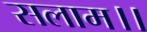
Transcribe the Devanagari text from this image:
सलाम।।